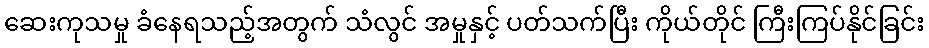
ဆေးကုသမှု ခံနေရသည့်အတွက် သံလွင် အမှုနှင့် ပတ်သက်ပြီး ကိုယ်တိုင် ကြီးကြပ်နိုင်ခြင်း